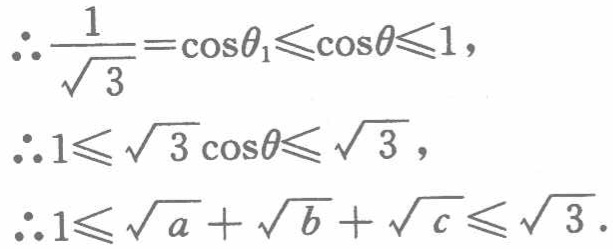
\[\begin{align*}
&\therefore\frac{1}{\sqrt{3}}=\cos\theta_1\leqslant\cos\theta\leqslant1,\\
&\therefore1\leqslant\sqrt{3}\cos\theta\leqslant\sqrt{3},\\
&\therefore1\leqslant\sqrt{a}+\sqrt{b}+\sqrt{c}\leqslant\sqrt{3}.
\end{align*}\]